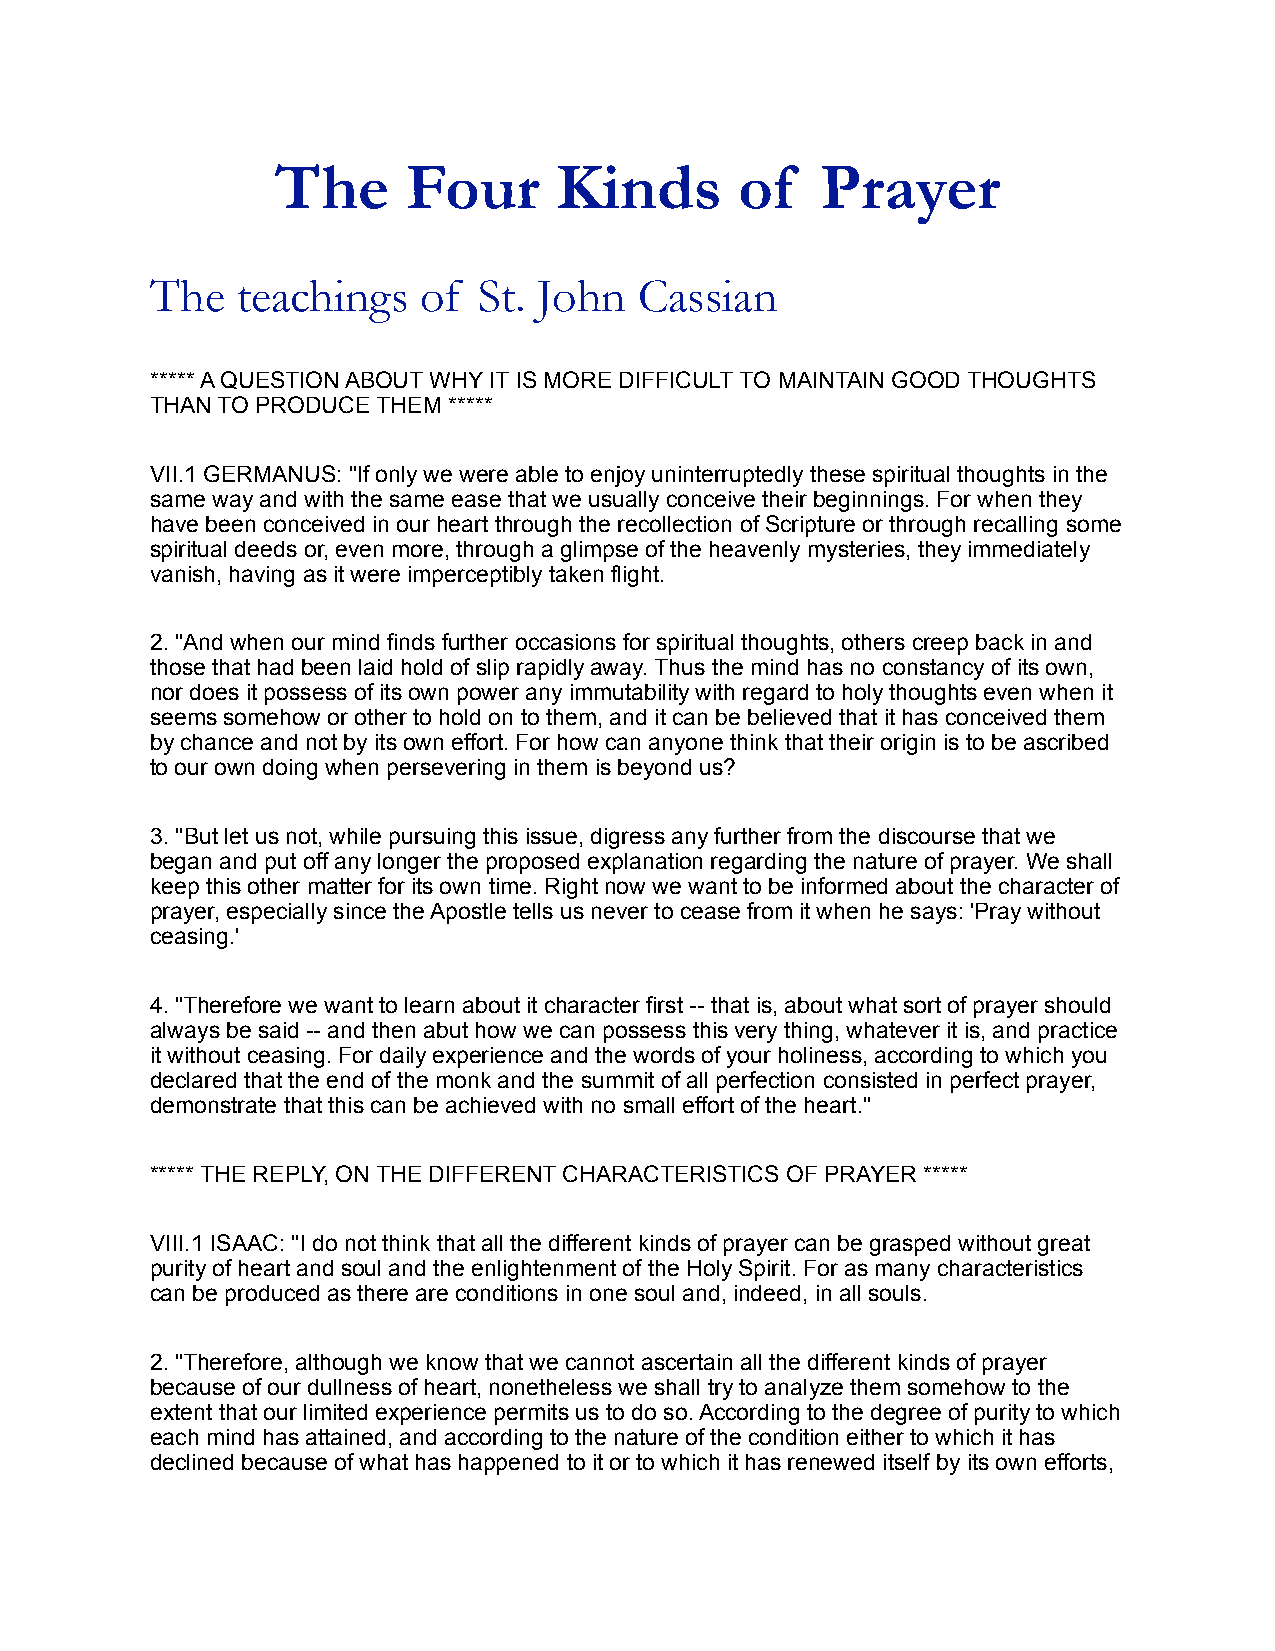
The      Four      Kinds       of   Prayer
 The   teachings   of  St. John  Cassian
 ***** A QUESTION ABOUT WHY IT IS MORE DIFFICULT TO MAINTAIN GOOD THOUGHTS
 THAN TO PRODUCE THEM *****
 VII.1 GERMANUS: "If only we were able to enjoy uninterruptedly these spiritual thoughts in the
 same way and with the same ease that we usually conceive their beginnings. For when they
 have been conceived in our heart through the recollection of Scripture or through recalling some
 spiritual deeds or, even more, through a glimpse of the heavenly mysteries, they immediately
 vanish, having as it were imperceptibly taken flight.
 2. "And when our mind finds further occasions for spiritual thoughts, others creep back in and
 those that had been laid hold of slip rapidly away. Thus the mind has no constancy of its own,
 nor does it possess of its own power any immutability with regard to holy thoughts even when it
 seems somehow or other to hold on to them, and it can be believed that it has conceived them
 by chance and not by its own effort. For how can anyone think that their origin is to be ascribed
 to our own doing when persevering in them is beyond us?
 3. "But let us not, while pursuing this issue, digress any further from the discourse that we
 began and put off any longer the proposed explanation regarding the nature of prayer. We shall
 keep this other matter for its own time. Right now we want to be informed about the character of
 prayer, especially since the Apostle tells us never to cease from it when he says: 'Pray without
 ceasing.'
 4. "Therefore we want to learn about it character first -- that is, about what sort of prayer should
 always be said -- and then abut how we can possess this very thing, whatever it is, and practice
 it without ceasing. For daily experience and the words of your holiness, according to which you
 declared that the end of the monk and the summit of all perfection consisted in perfect prayer,
 demonstrate that this can be achieved with no small effort of the heart."
 ***** THE REPLY, ON THE DIFFERENT CHARACTERISTICS OF PRAYER *****
 VIII.1 ISAAC: "I do not think that all the different kinds of prayer can be grasped without great
 purity of heart and soul and the enlightenment of the Holy Spirit. For as many characteristics
 can be produced as there are conditions in one soul and, indeed, in all souls.
 2. "Therefore, although we know that we cannot ascertain all the different kinds of prayer
 because of our dullness of heart, nonetheless we shall try to analyze them somehow to the
 extent that our limited experience permits us to do so. According to the degree of purity to which
 each mind has attained, and according to the nature of the condition either to which it has
 declined because of what has happened to it or to which it has renewed itself by its own efforts,